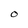
Character: O